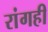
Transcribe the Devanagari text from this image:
रांगही